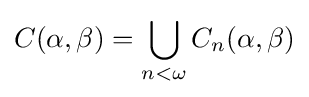
C(\alpha ,\beta )=\bigcup \limits _{n<\omega }C_{n}(\alpha ,\beta )